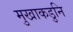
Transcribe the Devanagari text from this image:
मुखाकडुनि